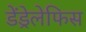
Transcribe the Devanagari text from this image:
डेंड्रेलेफिस